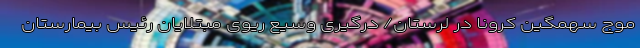
موج سهمگین کرونا در لرستان/ درگیری وسیع ریوی مبتلایان رئیس بیمارستان